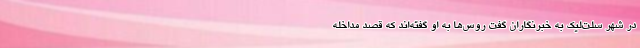
در شهر سلت‌لیک به خبرنگاران گفت روس‌ها به او گفته‌اند که قصد مداخله